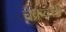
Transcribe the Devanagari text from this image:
चक्रवत्तीं